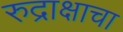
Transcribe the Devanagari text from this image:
रुद्राक्षाचा